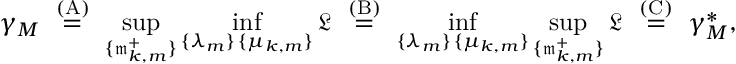
\gamma _ { M } ~ \stackrel { \mathrm { ( A ) } } { = } ~ \operatorname* { s u p } _ { \{ \mathfrak { m } _ { k , m } ^ { + } \} } \operatorname* { i n f } _ { \substack { \{ \lambda _ { m } \} \, \{ \mu _ { k , m } \} } } \mathfrak { L } ~ \stackrel { \mathrm { ( B ) } } { = } ~ \operatorname* { i n f } _ { \substack { \{ \lambda _ { m } \} \, \{ \mu _ { k , m } \} } } \operatorname* { s u p } _ { \{ \mathfrak { m } _ { k , m } ^ { + } \} } \mathfrak { L } ~ \stackrel { \mathrm { ( C ) } } { = } ~ \gamma _ { M } ^ { \ast } ,